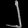
Digit: ၂